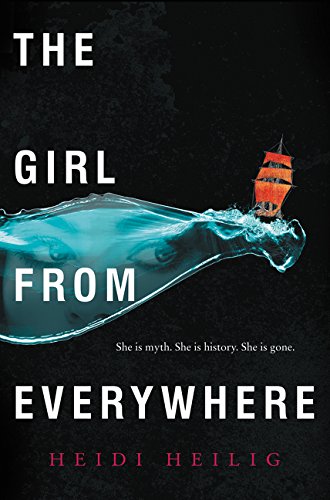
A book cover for The Girl from Everywhere; Heidi Heilig; Teen & Young Adult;